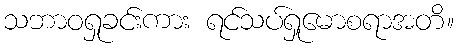
သဘာဝရှုခင်းကား ရင်သပ်ရှုမောစရာအတိ။